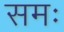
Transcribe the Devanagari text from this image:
समः